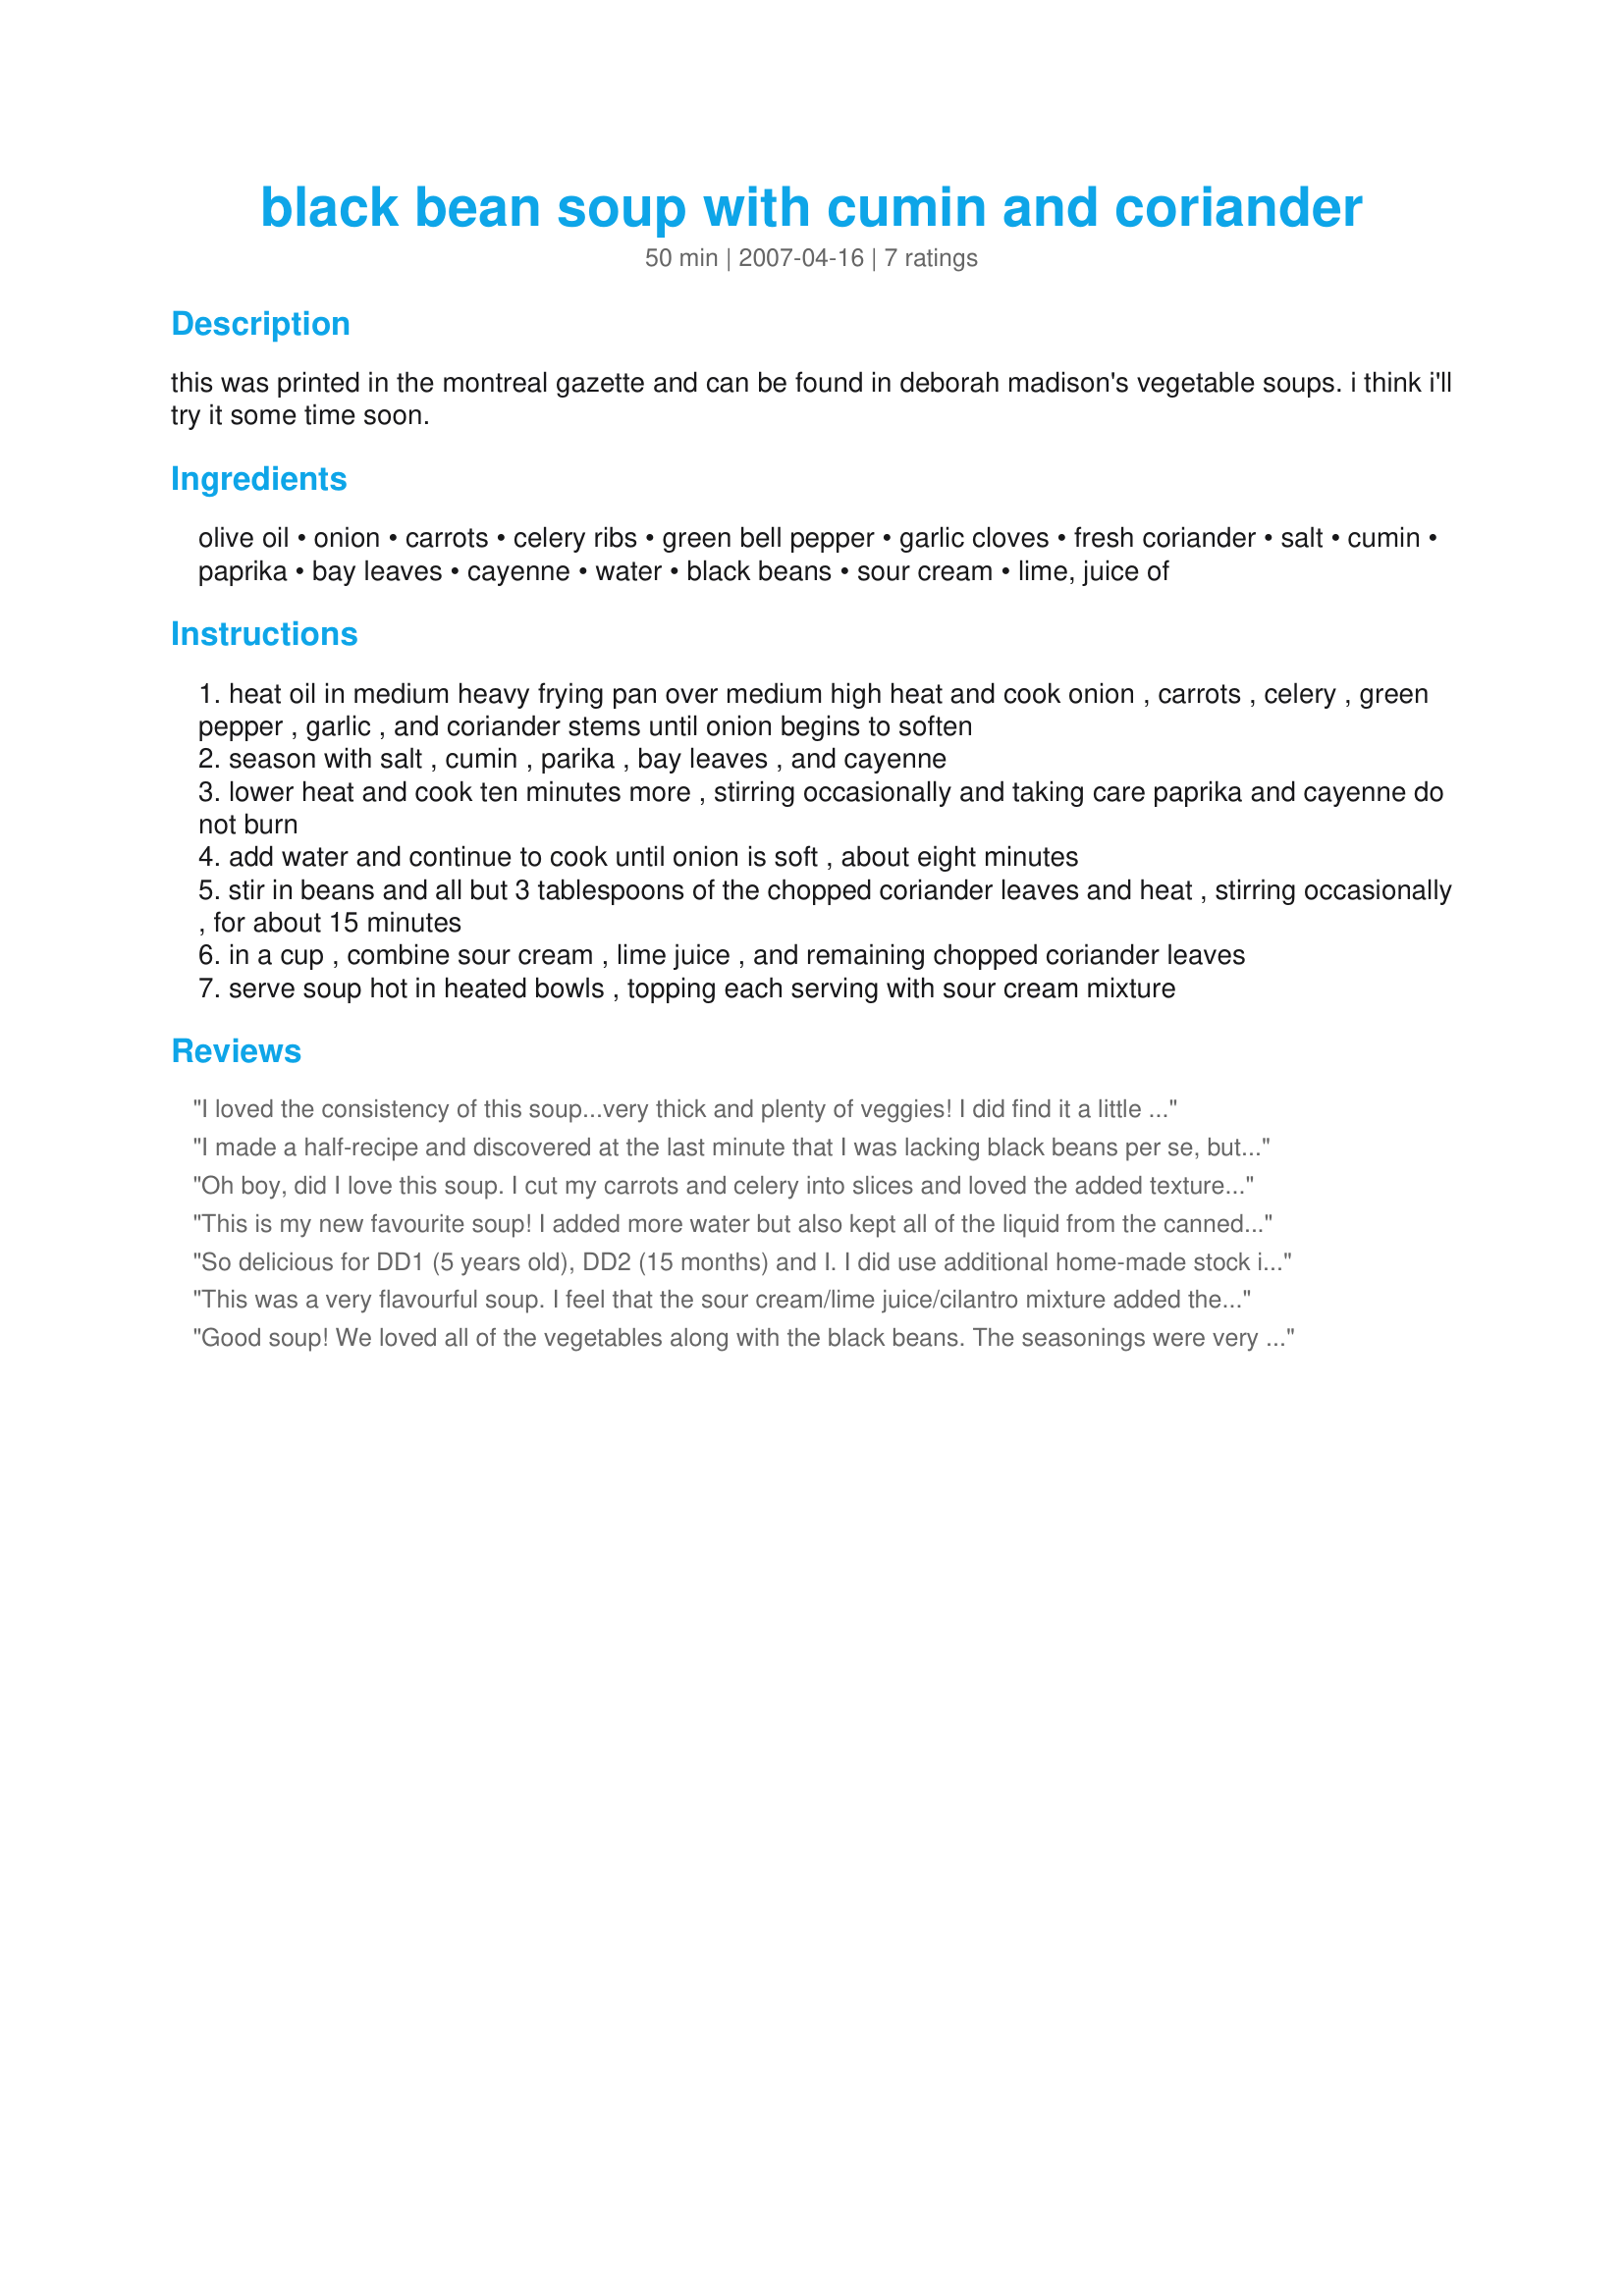
black bean soup with cumin and coriander
Preparation time: 50 minutes

this was printed in the montreal gazette and can be found in deborah madison's vegetable soups. i think i'll try it some time soon.

Ingredients:
olive oil, onion, carrots, celery ribs, green bell pepper, garlic cloves, fresh coriander, salt, cumin, paprika, bay leaves, cayenne, water, black beans, sour cream, lime, juice of

Steps:
heat oil in medium heavy frying pan over medium high heat and cook onion , carrots , celery , green pepper , garlic , and coriander stems until onion begins to soften
season with salt , cumin , parika , bay leaves , and cayenne
lower heat and cook ten minutes more , stirring occasionally and taking care paprika and cayenne do not burn
add water and continue to cook until onion is soft , about eight minutes
stir in beans and all but 3 tablespoons of the chopped coriander leaves and heat , stirring occasionally , for about 15 minutes
in a cup , combine sour cream , lime juice , and remaining chopped coriander leaves
serve soup hot in heated bowls , topping each serving with sour cream mixture

Reviews:
I loved the consistency of this soup...very thick and plenty of veggies! I did find it a little too spicy for my taste and would recommend omitting the cayenne pepper. It ended up overpowering the beautiful flavors of the cumin, paprika, and bay leaves. I think that simmering for longer would also meld the flavors better too. Thanks Studentchef!
I made a half-recipe and discovered at the last minute that I was lacking black beans per se, but I did have refried black beans... substituted them in. This was excellent! Otherwise followed recipe exactly (minus the fresh cilantro which my grocery was out of) -- the cilantro would have been a great additional touch. A good solid and tasty soup, and a portion will go with me to work for lunch this week. Made for veg'n swap May 2011.
Oh boy, did I love this soup. I cut my carrots and celery into slices and loved the added texture to the soup. The cayenne was a nice and welcome addition - just a hint of spice. The only thing I did differently was to add another cup of water as it was simmering. Thank you so much!
This is my new favourite soup! I added more water but also kept all of the liquid from the canned black beans, and that helped thicken the soup and gave it a nice dark colour. I also added some onion powder, garlic powder, and a whole lot of black pepper for a little extra flavour and it was outstanding! I've had two bowls of it and I'm trying my best to not eat the whole pot. Thank you!
So delicious for DD1 (5 years old), DD2 (15 months) and I. I did use additional home-made stock instead of water and may have reduced the cayenne somewhat. I used organic light tasting extra virgin olive oil, extra organic carrot, a few dashes of celery seeds as I had no celery on hand, no bell pepper, organic garlic cloves, organic cilantro (fresh coriander), sea salt, to taste, the larger amount of cumin, sweet paprika as that is all I had, Eden brand organic black beans, organic yogurt in place of sour cream to be corn free, freshly squeezed lemon juice lemon juice instead of lime as that is what I also had on hand, plus the rest of the ingredients. I would make this again. Made for Healthy Choices Tag Game 2013.
This was a very flavourful soup. I feel that the sour cream/lime juice/cilantro mixture added the perfect final touch to the soup.Thank you.
Good soup! We loved all of the vegetables along with the black beans. The seasonings were very good - loved the little zip from the cayenne! Thanks for sharing! Veg*n Swap 31
